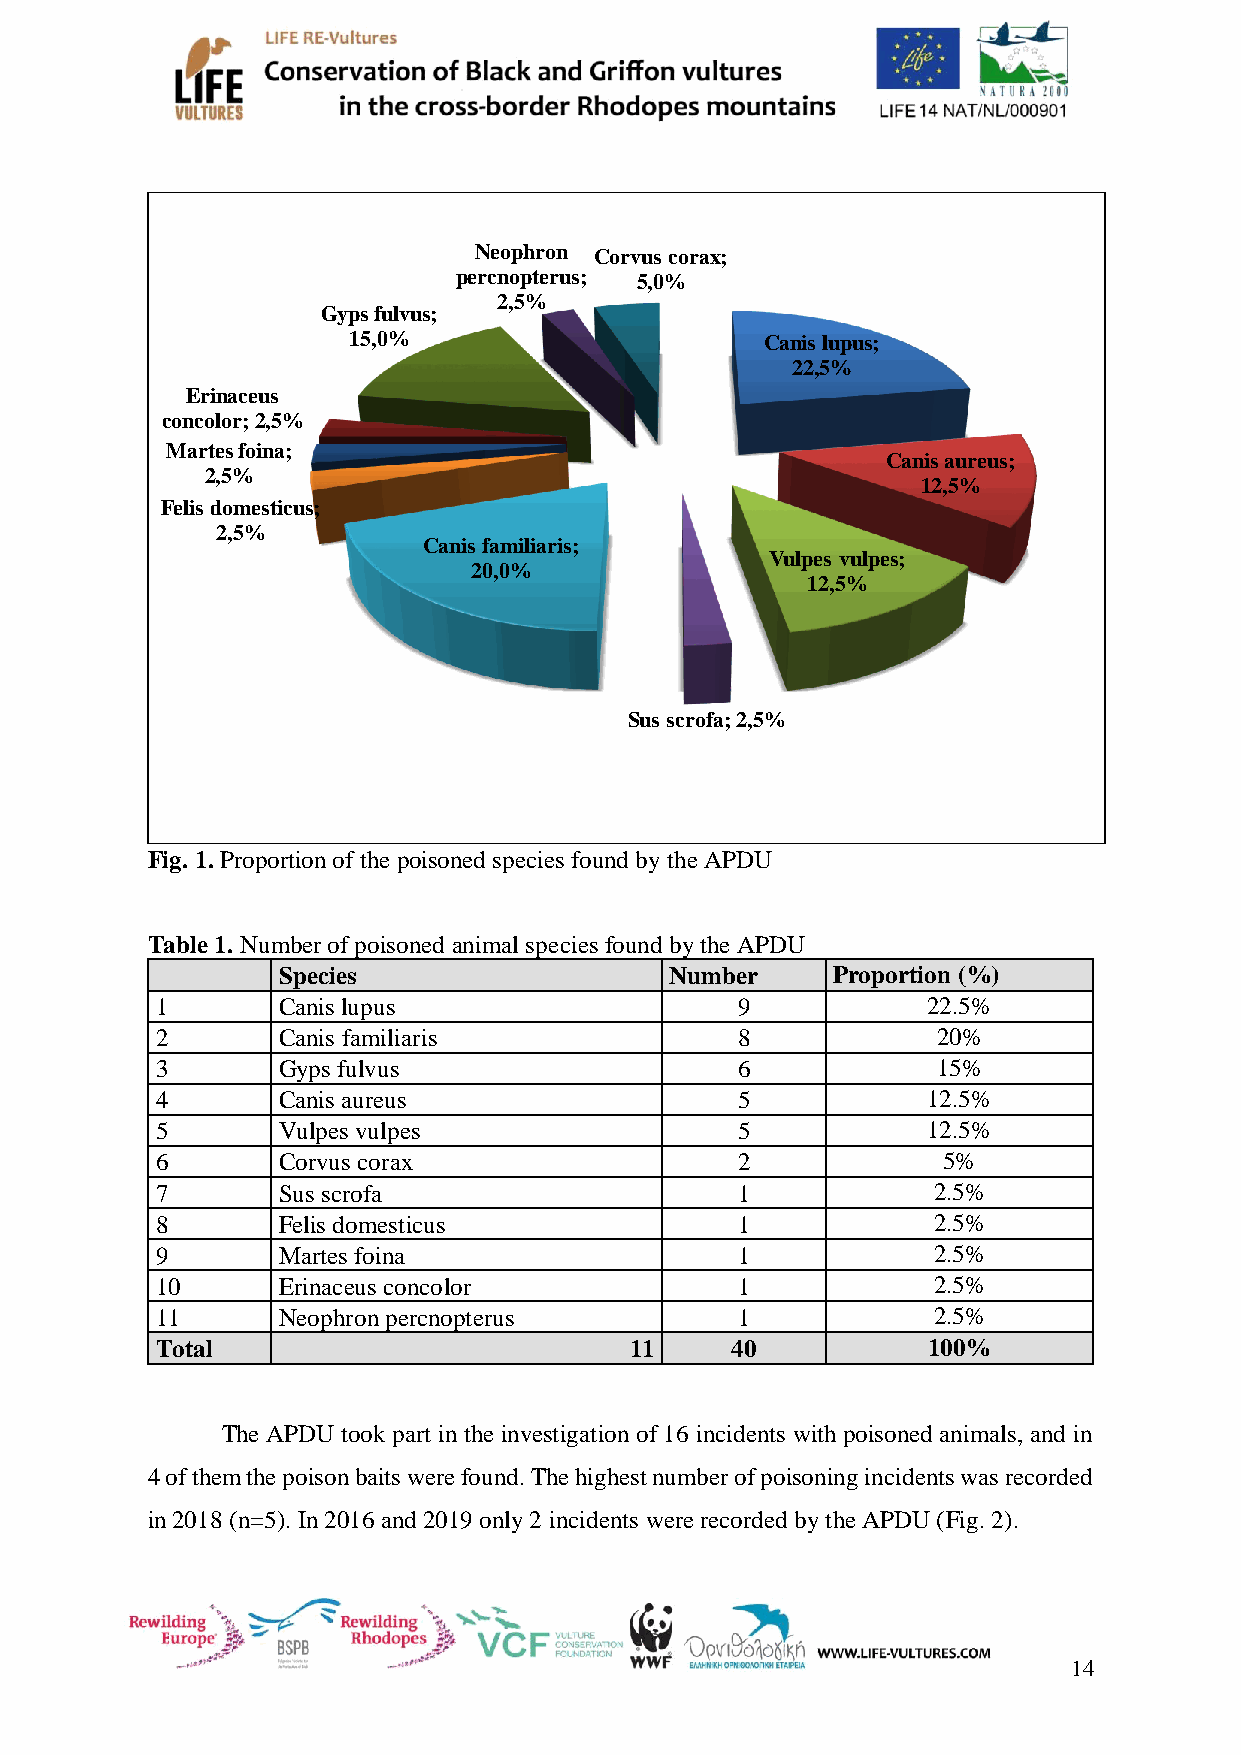
Neophron Corvus corax;
 percnopterus; 5,0%
 2,5%
 Gyps fulvus;
 15,0%                       Canis lupus;
 22,5%
 Erinaceus
 concolor; 2,5%
 Martes foina;
 Canis aureus;
 2,5%
 12,5%
 Felis domesticus;
 2,5%
 Canis familiaris;
 Vulpes vulpes;
 20,0%
 12,5%
 Sus scrofa; 2,5%
 Fig. 1. Proportion of the poisoned species found by the APDU
 Table 1. Number of poisoned animal species found by the APDU
 Species                   Number     Proportion (%)
 1       Canis lupus                    9           22.5%
 2       Canis familiaris               8            20%
 3       Gyps fulvus                    6            15%
 4       Canis aureus                   5           12.5%
 5       Vulpes vulpes                  5           12.5%
 6       Corvus corax                   2            5%
 7       Sus scrofa                     1            2.5%
 8       Felis domesticus               1            2.5%
 9       Martes foina                   1            2.5%
 10      Erinaceus concolor             1            2.5%
 11      Neophron percnopterus          1            2.5%
 Total                           11    40           100%
 The APDU took part in the investigation of 16 incidents with poisoned animals, and in
 4 of them the poison baits were found. The highest number of poisoning incidents was recorded
 in 2018 (n=5). In 2016 and 2019 only 2 incidents were recorded by the APDU (Fig. 2).
 14